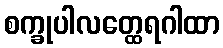
စက္ခုပါလတ္ထေရဂါထာ